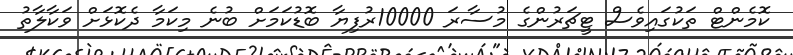
ކޮމެންޓް ތަކުގައިވެސް ޓީޗަރުންގެ މުސާރަ 10000ރުފިޔާ ބޮޑުކަމަށް ބުނެ މިކަމާ ދެކޮޅަށް ވަކާލާތު